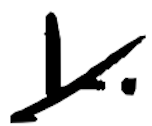
Text: L.
Cross-out: diagonal
Writing tool: digital_black